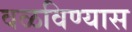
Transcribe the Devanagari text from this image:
वळविण्यास